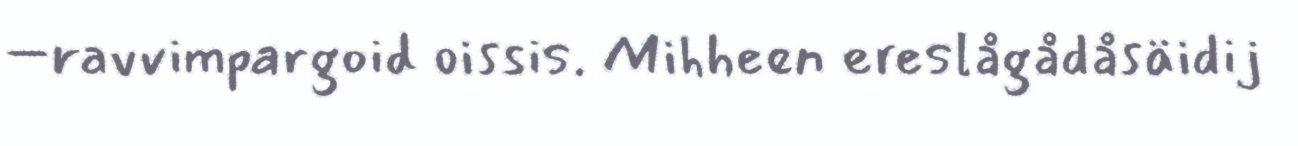
–ravvimpargoid oissis. Mihheen ereslågådåsäidij